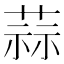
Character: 蒜